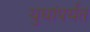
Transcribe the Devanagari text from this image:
युधांपर्यंत